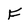
Character: F